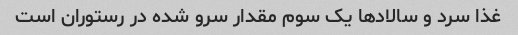
غذا سرد و سالادها یک سوم مقدار سرو شده در رستوران است